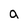
Character: a